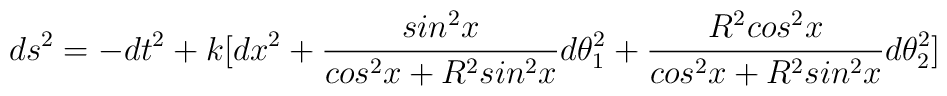
ds^2=-dt^2+k[dx^2+\frac{sin^2x}{cos^2x+R^2sin^2x}d\theta^2_1+\frac{R^2cos^2x}{cos^2x+R^2sin^2x}d\theta^2_2]